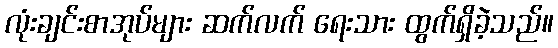
လုံးချင်းစာအုပ်များ ဆက်လက် ရေးသား ထွက်ရှိခဲ့သည်။